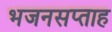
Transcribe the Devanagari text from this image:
भजनसप्ताह